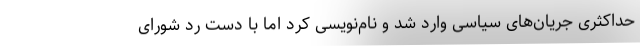
حداکثری جریان‌های سیاسی وارد شد و نام‌نویسی کرد اما با دست رد شورای